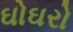
ઘોઘરો